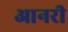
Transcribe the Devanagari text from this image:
आनरी